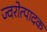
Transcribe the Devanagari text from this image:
ज्वरोत्पादक